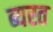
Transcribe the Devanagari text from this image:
ब्यस्त